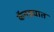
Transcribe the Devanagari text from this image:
कॅनड्यात